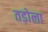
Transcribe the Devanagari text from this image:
तड़ोला